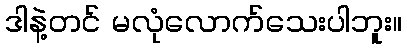
ဒါနဲ့တင် မလုံလောက်သေးပါဘူး။